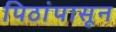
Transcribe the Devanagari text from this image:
पिठांपासून